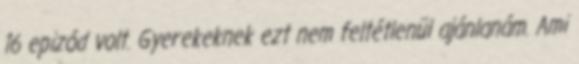
16 epizód volt. Gyerekeknek ezt nem feltétlenül ajánlanám. Ami